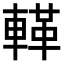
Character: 𨍝